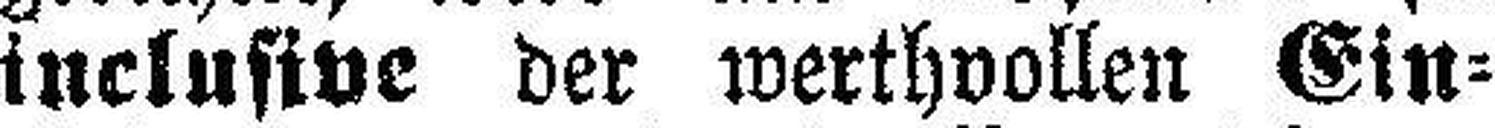
inclusive der werthvollen Ein¬